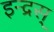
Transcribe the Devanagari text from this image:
इन्द्रस्